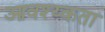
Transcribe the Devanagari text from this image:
आवश्य्कता